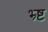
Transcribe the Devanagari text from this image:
भ्र्ष्ट